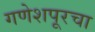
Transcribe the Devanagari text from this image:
गणेशपूरचा